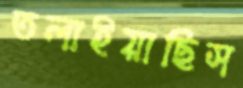
তলাইয়াছিস